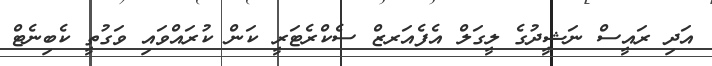
އަދި ރައީސް ނަޝީދުގެ ލީގަލް އެފެއަރޒް ސެކްރެޓަރީ ކަން ކުރައްވައި ވަގުތީ ކެބިނެޓް